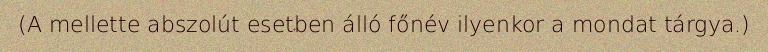
(A mellette abszolút esetben álló főnév ilyenkor a mondat tárgya.)